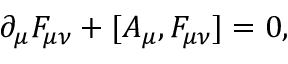
\partial _ { \mu } F _ { \mu \nu } + [ A _ { \mu } , F _ { \mu \nu } ] = 0 ,